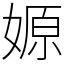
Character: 嫄